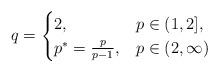
LaTeX: \begin{align*} q = \begin{cases} 2, & p \in (1, 2], \\ p^* = \frac{p}{p-1}, & p \in (2, \infty) \end{cases}\end{align*}